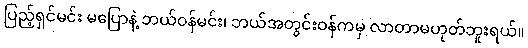
ပြည့်ရှင်မင်း မပြောနဲ့ ဘယ်ဝန်မင်း၊ ဘယ်အတွင်းဝန်ကမှ လာတာမဟုတ်ဘူးရယ်။